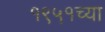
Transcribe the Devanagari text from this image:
१९५१च्या